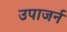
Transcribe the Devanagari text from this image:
उपाजर्न